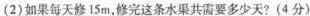
(2)如果每天修15m，修完这条水渠共需要多少天?(4分)